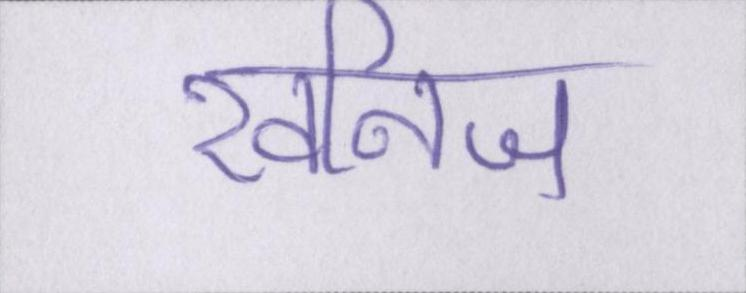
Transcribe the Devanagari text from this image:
खनिज